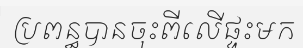
ប្រពន្ធបានចុះពីលើផ្ទះមក